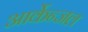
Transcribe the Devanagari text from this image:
आर्केन्जल